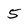
Character: 5